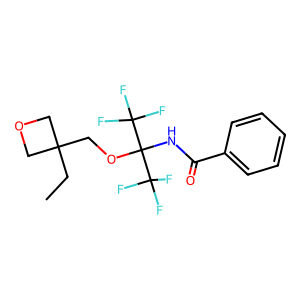
SMILES: CCC1(COC(NC(=O)c2ccccc2)(C(F)(F)F)C(F)(F)F)COC1
Inhibits HIV replication: No